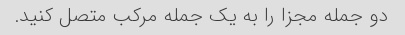
دو جمله مجزا را به یک جمله مرکب متصل کنید.